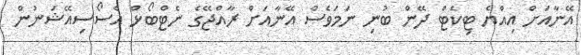
އޭނާއަށް އިއްޔެ ޓިކެޓް ދޭން ބުނި ނަމަވެސް އޭނާއަށް ރާއްޖޭގެ ނެޓްބޯޅް އެސޯސިއޭޝަނުން